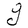
Character: g